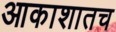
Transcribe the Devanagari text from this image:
आकाशातच